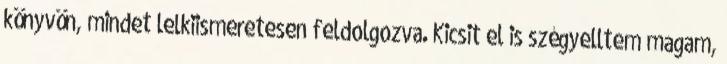
könyvön, mindet lelkiismeretesen feldolgozva. Kicsit el is szégyelltem magam,